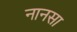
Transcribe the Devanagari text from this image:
नानसा